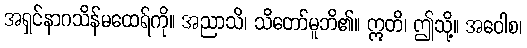
အရှင်နာဂသိန်မထေရ်ကို။ အညာသိ၊ သိတော်မူဘိ၏။ ဣတိ၊ ဤသို့။ အဝေါစ၊